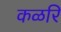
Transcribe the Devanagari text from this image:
कळरि